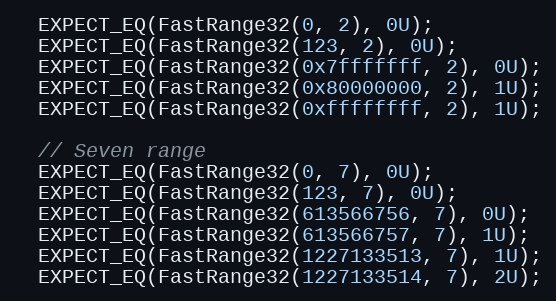
Language: C++
  EXPECT_EQ(FastRange32(0, 2), 0U);
  EXPECT_EQ(FastRange32(123, 2), 0U);
  EXPECT_EQ(FastRange32(0x7fffffff, 2), 0U);
  EXPECT_EQ(FastRange32(0x80000000, 2), 1U);
  EXPECT_EQ(FastRange32(0xffffffff, 2), 1U);

  // Seven range
  EXPECT_EQ(FastRange32(0, 7), 0U);
  EXPECT_EQ(FastRange32(123, 7), 0U);
  EXPECT_EQ(FastRange32(613566756, 7), 0U);
  EXPECT_EQ(FastRange32(613566757, 7), 1U);
  EXPECT_EQ(FastRange32(1227133513, 7), 1U);
  EXPECT_EQ(FastRange32(1227133514, 7), 2U);